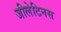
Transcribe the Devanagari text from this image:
जीलेटिनस